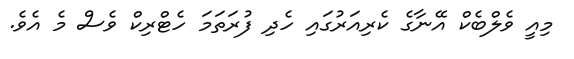
މިއީ ވެލްބެކް އޭނާގެ ކެރިއަރުގައި ހެދި ފުރަތަމަ ހެޓްރިކް ވެސް މެ އެވެ.